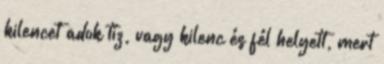
kilencet adok tíz, vagy kilenc és fél helyett, mert